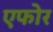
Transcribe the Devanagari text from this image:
एफोर